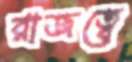
রাজত্বে